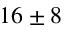
1 6 \pm 8